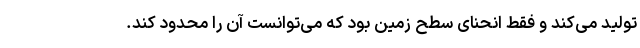
تولید می‌کند و فقط انحنای سطح زمین بود که می‌توانست آن را محدود کند.